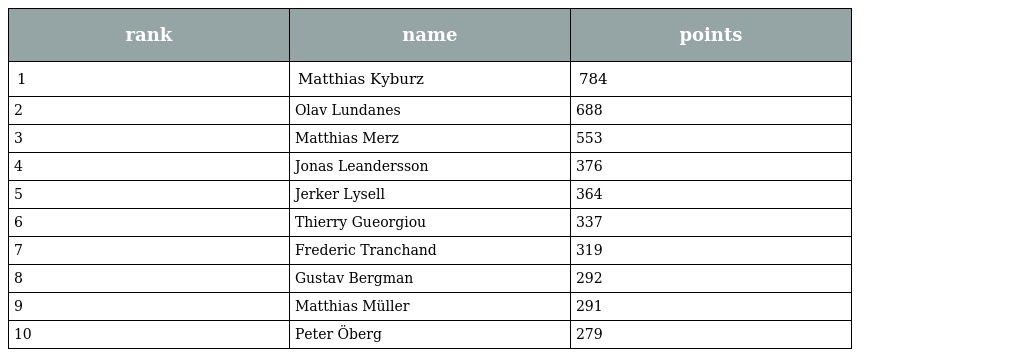
| rank | name | points |
 | --- | --- | --- |
 | 1 | Matthias Kyburz | 784 |
 | 2 | Olav Lundanes | 688 |
 | 3 | Matthias Merz | 553 |
 | 4 | Jonas Leandersson | 376 |
 | 5 | Jerker Lysell | 364 |
 | 6 | Thierry Gueorgiou | 337 |
 | 7 | Frederic Tranchand | 319 |
 | 8 | Gustav Bergman | 292 |
 | 9 | Matthias Müller | 291 |
 | 10 | Peter Öberg | 279 |